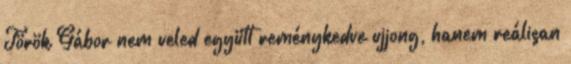
Török Gábor nem veled együtt reménykedve ujjong, hanem reálisan